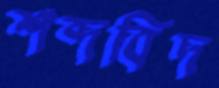
শব্দবিদ